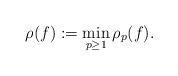
LaTeX: \begin{align*}\rho(f):=\min_{p\ge1}\rho_{p}(f).\end{align*}